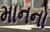
માનનો